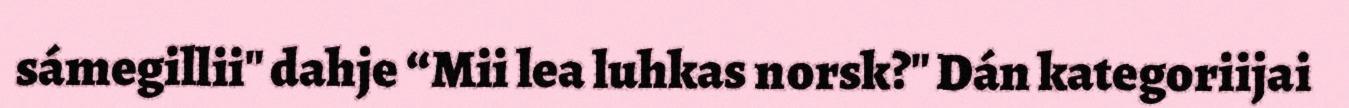
sámegillii" dahje “Mii lea luhkas norsk?" Dán kategoriijai